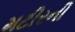
મટીરની